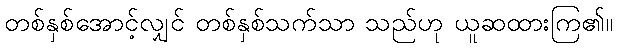
တစ်နှစ်အောင့်လျှင် တစ်နှစ်သက်သာ သည်ဟု ယူဆထားကြ၏။